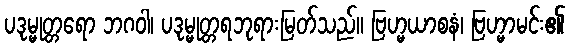
ပဒုမ္မုတ္တရော ဘဂဝါ၊ ပဒုမ္မုတ္တရဘုရားမြတ်သည်။ ဗြဟ္မယာစနံ၊ ဗြဟ္မာမင်း၏